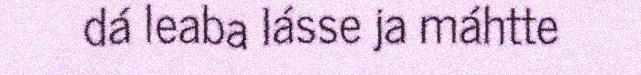
dá leaba lásse ja máhtte